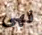
فهى